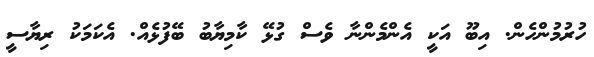
ހުރުމުންހެން. އިބޫ އަކީ އެންމެންނާ ވެސް ގުޅޭ ކާމިޔާބު ބޭފުޅެއް. އެކަމަކު ރިޔާސީ